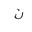
Letter: _non